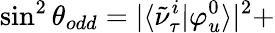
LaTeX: \sin^{2}{\theta_{odd}}=|\langle\tilde{\nu}_{\tau}^{i}|\varphi_{u}^{0}\rangle|^{2}+